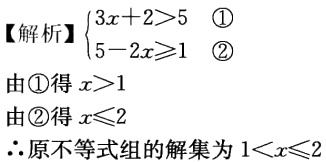
【解析】

\(\begin{cases}

3x + 2 > 5 & \textcircled{1}\\

5 - 2x \geq 1 & \textcircled{2}

\end{cases}\)

由\textcircled{1}得 \(x > 1\)

由\textcircled{2}得 \(x \leq 2\)

\(\therefore\)原不等式组的解集为 \(1 < x \leq 2\)